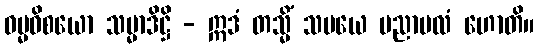
ဓမ္မဝိစယော သမ္မာဒိဋ္ဌိ - ဣဒံ တသ္မိံ သမယေ ပညာဗလံ ဟောတိ။